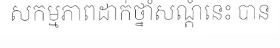
សកម្មភាពដាក់ថ្នាំសណ្តំនេះ បាន